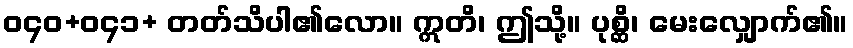
ဝ၄၀+ဝ၄၁+ တတ်သိပါ၏လော။ ဣတိ၊ ဤသို့။ ပုစ္ဆိ၊ မေးလျှောက်၏။